Investigations into the jail dietaries of the United Provinces with some observations on the influence of dietary on the physical development and well-being of the people of the United Provinces - Number 48
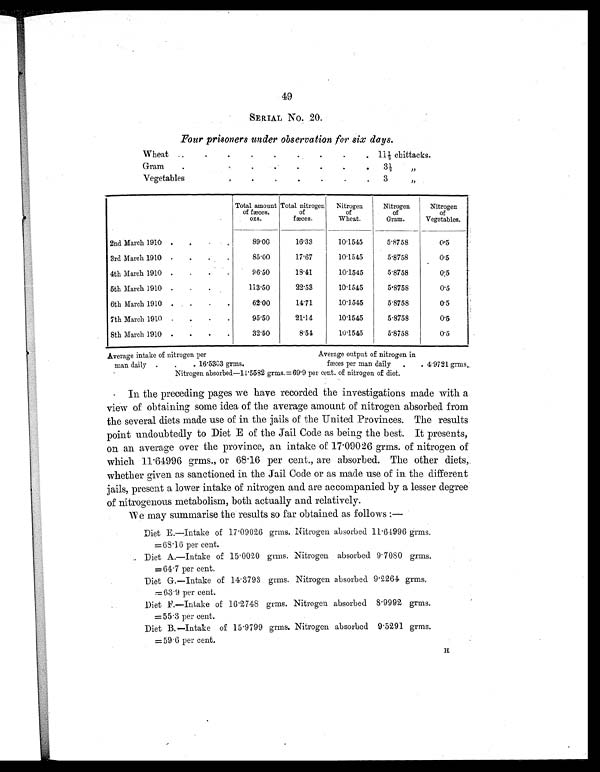
49
SERIAL No. 20.
Four prisoners under observation for six days.
Wheat
. .
.
.
.
. .
.
. 11½ chittacks.
Gram
.
. .
.
.
.
.
.
. 3½ „
Vegetables
.
.
.
.
. .
. 3 „
Total amount
of fæces.
ozs.
Total nitrogen
of
fæces.
Nitrogen
of
Wheat.
Nitrogen
of
Gram.
Nitrogen
of
Vegetables.
2nd March 1910 . .
. .
89.00
16.33
10.1545
5.8758
0.5
3rd March 1910 . . .
.
85.00
17.67
10.1545
5.8758
0.5
4th March 1910 . . . .
96.50
18.41
10.1545
5.8758
0.5
5th March 1910 . . .
. 113.50
22.53
10.1545
5.8758
0.5
6th March 1910 . . . .
62.00
14. 71
10.1545
5.8758
0.5
7th March 1910 . .
. .
95.50
21.14
10.1545
5.8758
0.5
8th March 1910 .
. . .
32.50
8.54
10.1545
5.8758
0.5
Average intake of nitrogen per
Average output of nitrogen in
man daily . . . 16.5303 grms.
fæces per man daily . . 4.9721 grms.
Nitrogen absorbed—11.5582 grms.=69.9 per cent. of nitrogen of diet.
In the preceding pages we have recorded the investigations made with a
view of obtaining some idea of the average amount of nitrogen absorbed from
the several diets made use of in the jails of the United Provinces. The results
point undoubtedly to Diet E of the Jail Code as being the best. It presents,
on an average over the province, an intake of 17.09026 grms. of nitrogen of
which 11.64996 grms., or 68.16 per cent., are absorbed. The other diets,
whether given as sanctioned in the Jail Code or as made use of in the different
jails, present a lower intake of nitrogen and are accompanied by a lesser degree
of nitrogenous metabolism, both actually and relatively.
We may summarise the results so far obtained as follows :
—
Diet E.—Intake of 17.09026 grms. Nitrogen absorbed 11.64996 grms.
=68.16 per cent.
Diet A.—Intake of 15.0020 grms. Nitrogen absorbed 9.7080 grms.
=64.7 per cent.
Diet G.—Intake of 14.3793 grms. Nitrogen absorbed 9.2264 grms.
=63.9 per cent.
Diet F.—Intake of 16.2748 grms. Nitrogen absorbed 8.9992 grms.
=55.3 per cent.
Diet B.—Intake of 15.9799 grms. Nitrogen absorbed 9.5291 grms.
= 5 9 . 6 p e r c e n t .
H